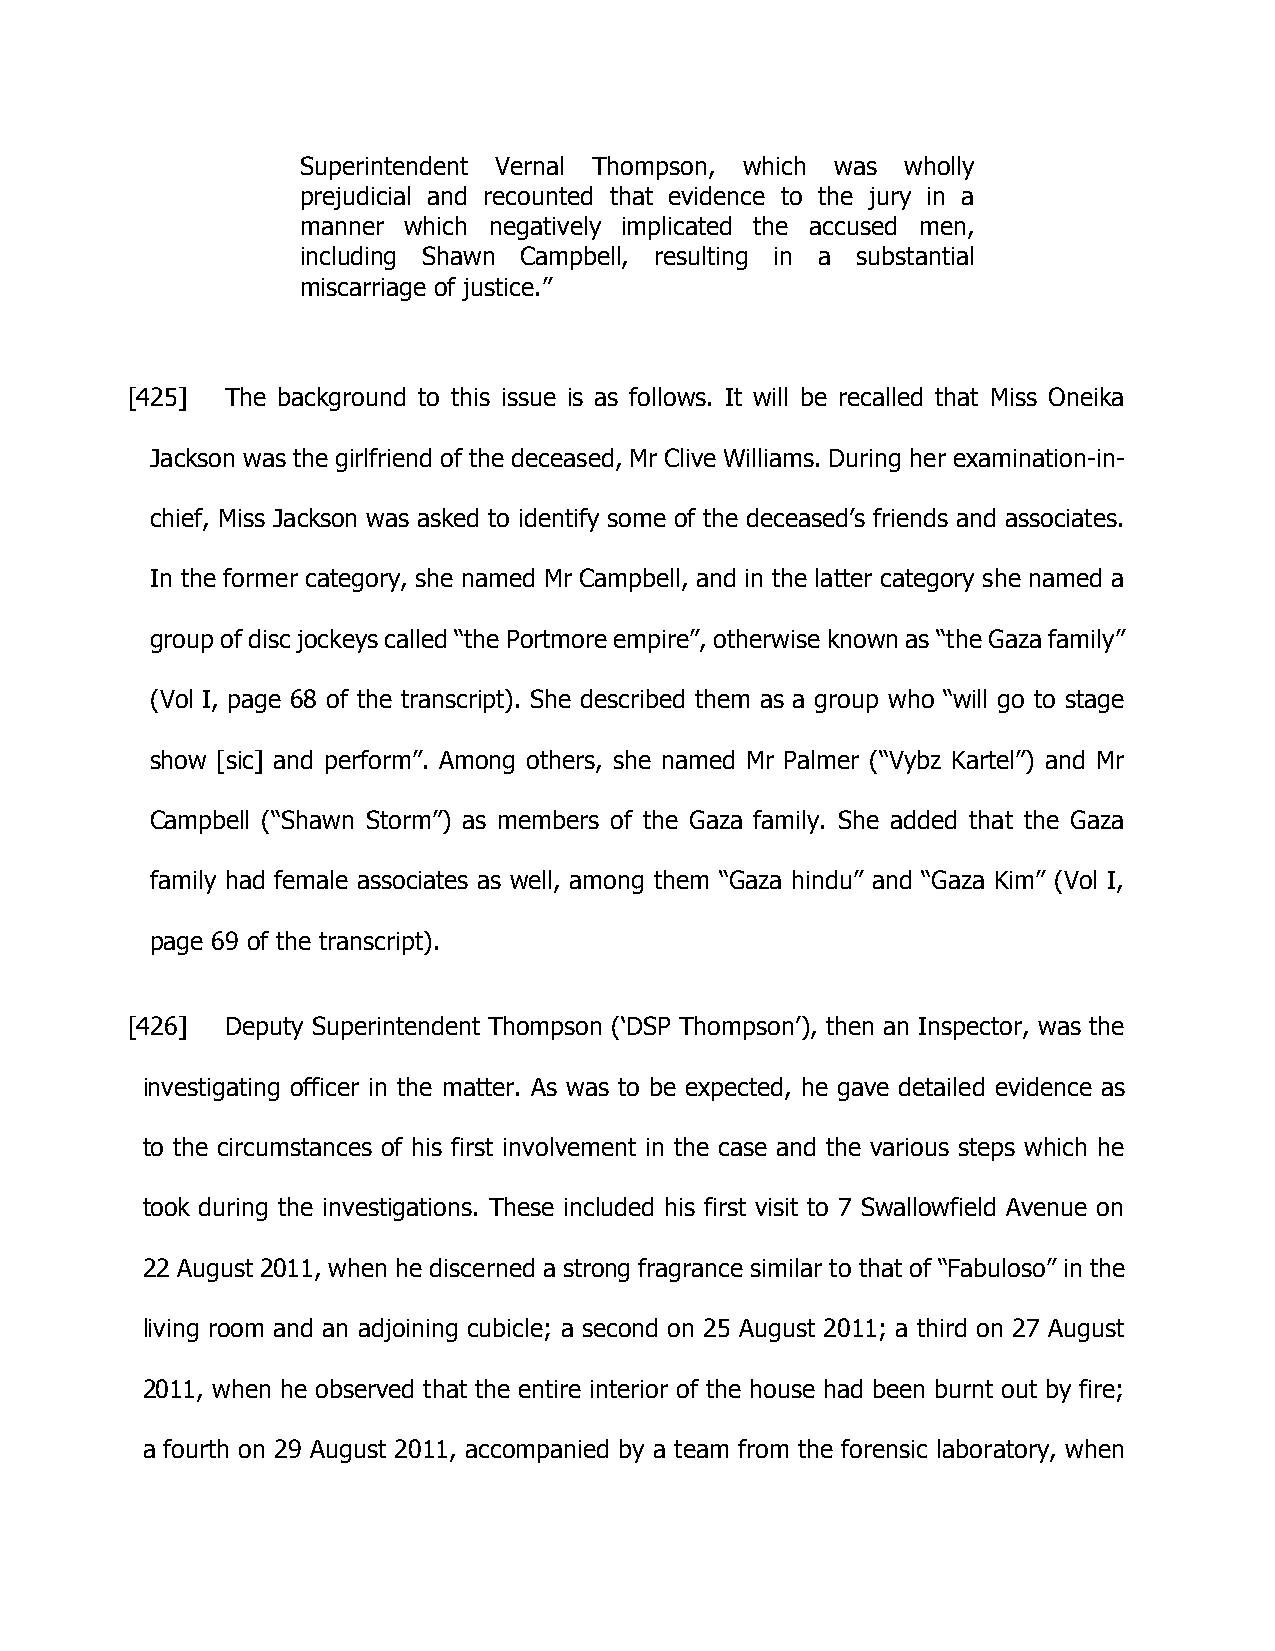
Superintendent Vernal Thompson, which was wholly
 prejudicial and recounted that evidence to the jury in a
 manner which negatively implicated the accused men,
 including Shawn Campbell, resulting in a substantial
 miscarriage of justice.”
 [425]  The background to this issue is as follows. It will be recalled that Miss Oneika
 Jackson was the girlfriend of the deceased, Mr Clive Williams. During her examination-in-
 chief, Miss Jackson was asked to identify some of the deceased’s friends and associates.
 In the former category, she named Mr Campbell, and in the latter category she named a
 group of disc jockeys called “the Portmore empire”, otherwise known as “the Gaza family”
 (Vol I, page 68 of the transcript). She described them as a group who “will go to stage
 show [sic] and perform”. Among others, she named Mr Palmer (“Vybz Kartel”) and Mr
 Campbell (“Shawn Storm”) as members of the Gaza family. She added that the Gaza
 family had female associates as well, among them “Gaza hindu” and “Gaza Kim” (Vol I,
 page 69 of the transcript).
 [426]  Deputy Superintendent Thompson (‘DSP Thompson’), then an Inspector, was the
 investigating officer in the matter. As was to be expected, he gave detailed evidence as
 to the circumstances of his first involvement in the case and the various steps which he
 took during the investigations. These included his first visit to 7 Swallowfield Avenue on
 22 August 2011, when he discerned a strong fragrance similar to that of “Fabuloso” in the
 living room and an adjoining cubicle; a second on 25 August 2011; a third on 27 August
 2011, when he observed that the entire interior of the house had been burnt out by fire;
 a fourth on 29 August 2011, accompanied by a team from the forensic laboratory, when